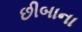
છીબાના